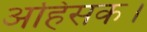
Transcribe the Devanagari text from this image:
अहिंसक।